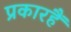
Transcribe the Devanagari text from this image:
प्रकारहैं